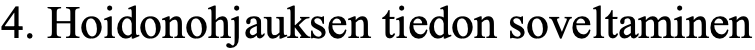
4. Hoidonohjauksen tiedon soveltaminen